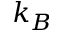
k _ { B }